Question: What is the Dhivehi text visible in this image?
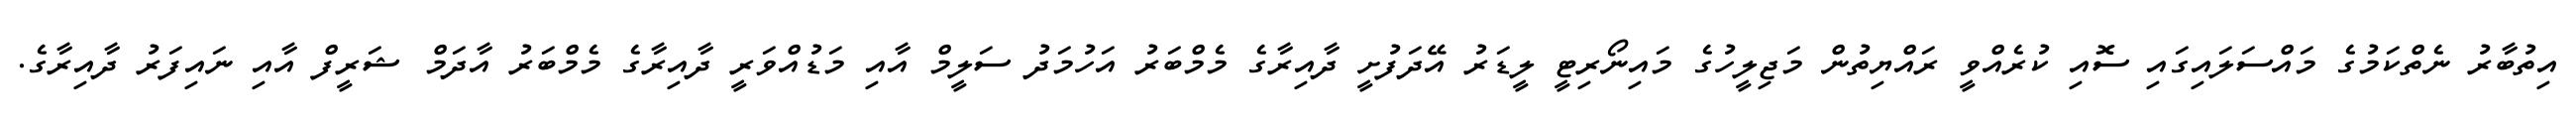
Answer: އިތުބާރު ނެތްކަމުގެ މައްސަލައިގައި ސޮއި ކުރެއްވީ ރައްޔިތުން މަޖިލީހުގެ މައިނޯރިޓީ ލީޑަރު އޭދަފުށީ ދާއިރާގެ މެމްބަރު އަހުމަދު ސަލީމް އާއި މަޑުއްވަރީ ދާއިރާގެ މެމްބަރު އާދަމް ޝަރީފް އާއި ނައިފަރު ދާއިރާގެ.